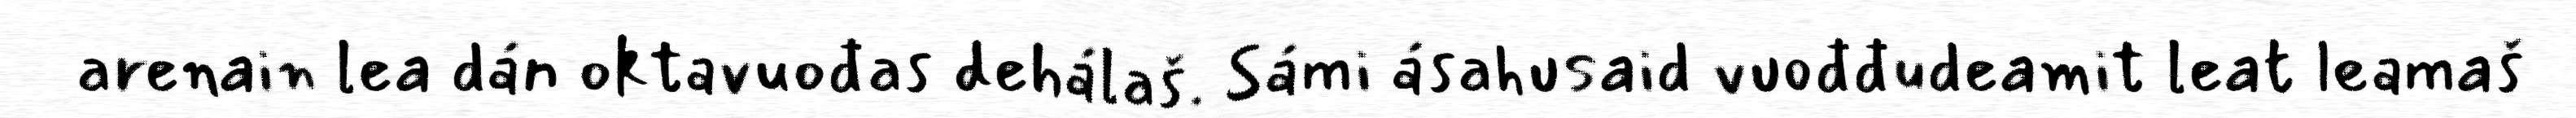
arenain lea dán oktavuođas dehálaš. Sámi ásahusaid vuođđudeamit leat leamaš